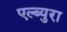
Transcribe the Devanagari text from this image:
एल्ब्युरा